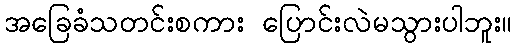
အခြေခံသတင်းစကား ပြောင်းလဲမသွားပါဘူး။